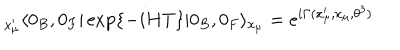
{ } _ { x _ { \mu } ^ { \prime } } \langle 0 _ { B } , 0 _ { F } | \exp \{ - i H T \} | 0 _ { B } , 0 _ { F } \rangle _ { x _ { \mu } } = e ^ { i \Gamma ( x _ { \mu } ^ { \prime } , x _ { \mu } , \theta ^ { 3 } ) }